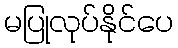
မပြုလုပ်နိုင်ပေ